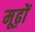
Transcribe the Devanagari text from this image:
मूढ़ों